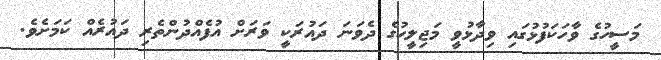
މަސީހުގެ ވާހަކަފުޅުގައި ވިދާޅުވީ މަޖިލީހުގެ ދެވަނަ ދައުރަކީ ވަރަށް އުފެއްދުންތެރި ދައުރެއް ކަމަށެވެ.